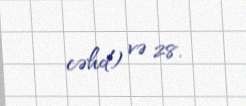
cəhd) və 28.